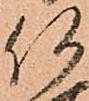
何